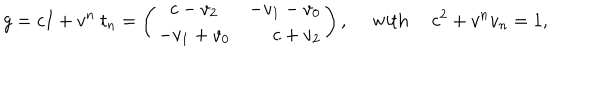
g = c I + v ^ { n } ~ t _ { n } = \left( \begin{array} { c r } { { c - v _ { 2 } } } & { { - v _ { 1 } - v _ { 0 } } } \\ { { - v _ { 1 } + v _ { 0 } } } & { { c + v _ { 2 } } } \\ \end{array} \right) , ~ ~ \mathrm { w i t h } ~ ~ c ^ { 2 } + v ^ { n } v _ { n } = 1 ,